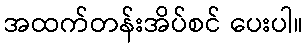
အထက်တန်းအိပ်စင် ပေးပါ။